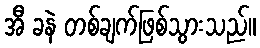
အီ ခနဲ တစ်ချက်ဖြစ်သွားသည်။